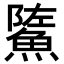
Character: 𩷷